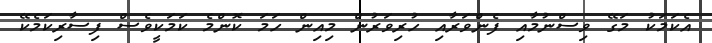
އެކަމަކު މަގޭ ވިސްނުމާއި ފެންވަރާއި ހުރިވަރުން މިއިން ހަމަ ކޮންމެ ކަމަކީވެސް ފިސާރިކަމެކޭ